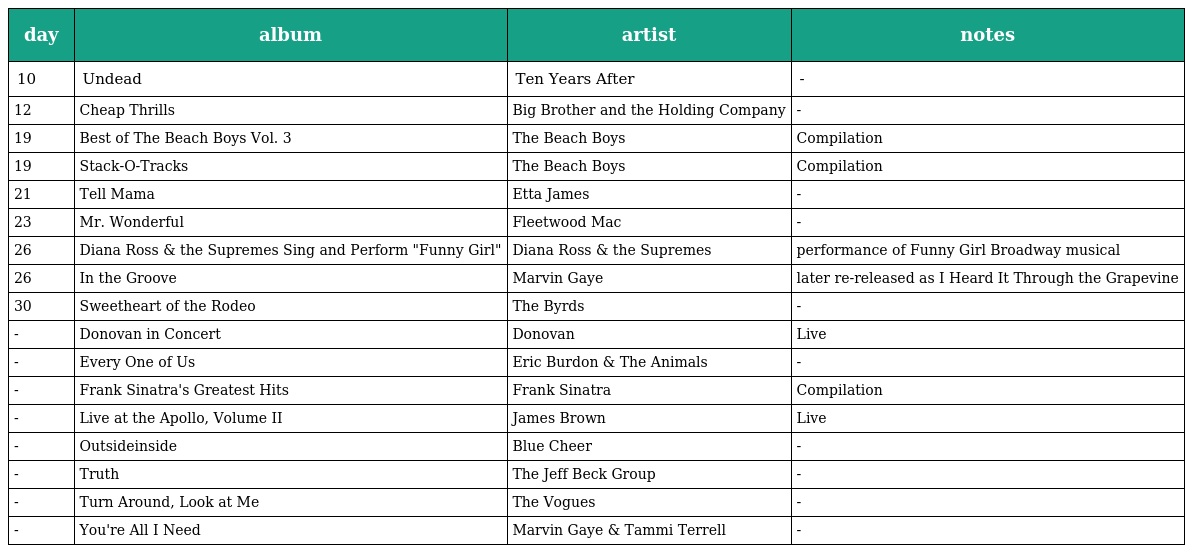
| day | album | artist | notes |
 | --- | --- | --- | --- |
 | 10 | Undead | Ten Years After | - |
 | 12 | Cheap Thrills | Big Brother and the Holding Company | - |
 | 19 | Best of The Beach Boys Vol. 3 | The Beach Boys | Compilation |
 | 19 | Stack-O-Tracks | The Beach Boys | Compilation |
 | 21 | Tell Mama | Etta James | - |
 | 23 | Mr. Wonderful | Fleetwood Mac | - |
 | 26 | Diana Ross & the Supremes Sing and Perform "Funny Girl" | Diana Ross & the Supremes | performance of Funny Girl Broadway musical |
 | 26 | In the Groove | Marvin Gaye | later re-released as I Heard It Through the Grapevine |
 | 30 | Sweetheart of the Rodeo | The Byrds | - |
 | - | Donovan in Concert | Donovan | Live |
 | - | Every One of Us | Eric Burdon & The Animals | - |
 | - | Frank Sinatra's Greatest Hits | Frank Sinatra | Compilation |
 | - | Live at the Apollo, Volume II | James Brown | Live |
 | - | Outsideinside | Blue Cheer | - |
 | - | Truth | The Jeff Beck Group | - |
 | - | Turn Around, Look at Me | The Vogues | - |
 | - | You're All I Need | Marvin Gaye & Tammi Terrell | - |